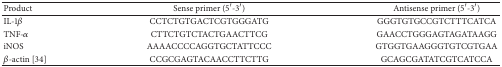
| Product | Sense primer (5′-3′) | Antisense primer (5′-3′) |
 | --- | --- | --- |
 | IL-1β | CCTCTGTGACTCGTGGGATG | GGGTGTGCCGTCTTTCATCA |
 | TNF-α | CTTCTGTCTACTGAACTTCG | GAACCTGGGAGTAGATAAGG |
 | iNOS | AAAACCCCAGGTGCTATTCCC | GTGGTGAAGGGTGTCGTGAA |
 | β-actin [34] | CCGCGAGTACAACCTTCTTG | GCAGCGATATCGTCATCCA |